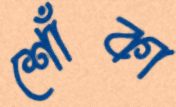
শোঁকা